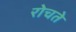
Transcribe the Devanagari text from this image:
रोचते